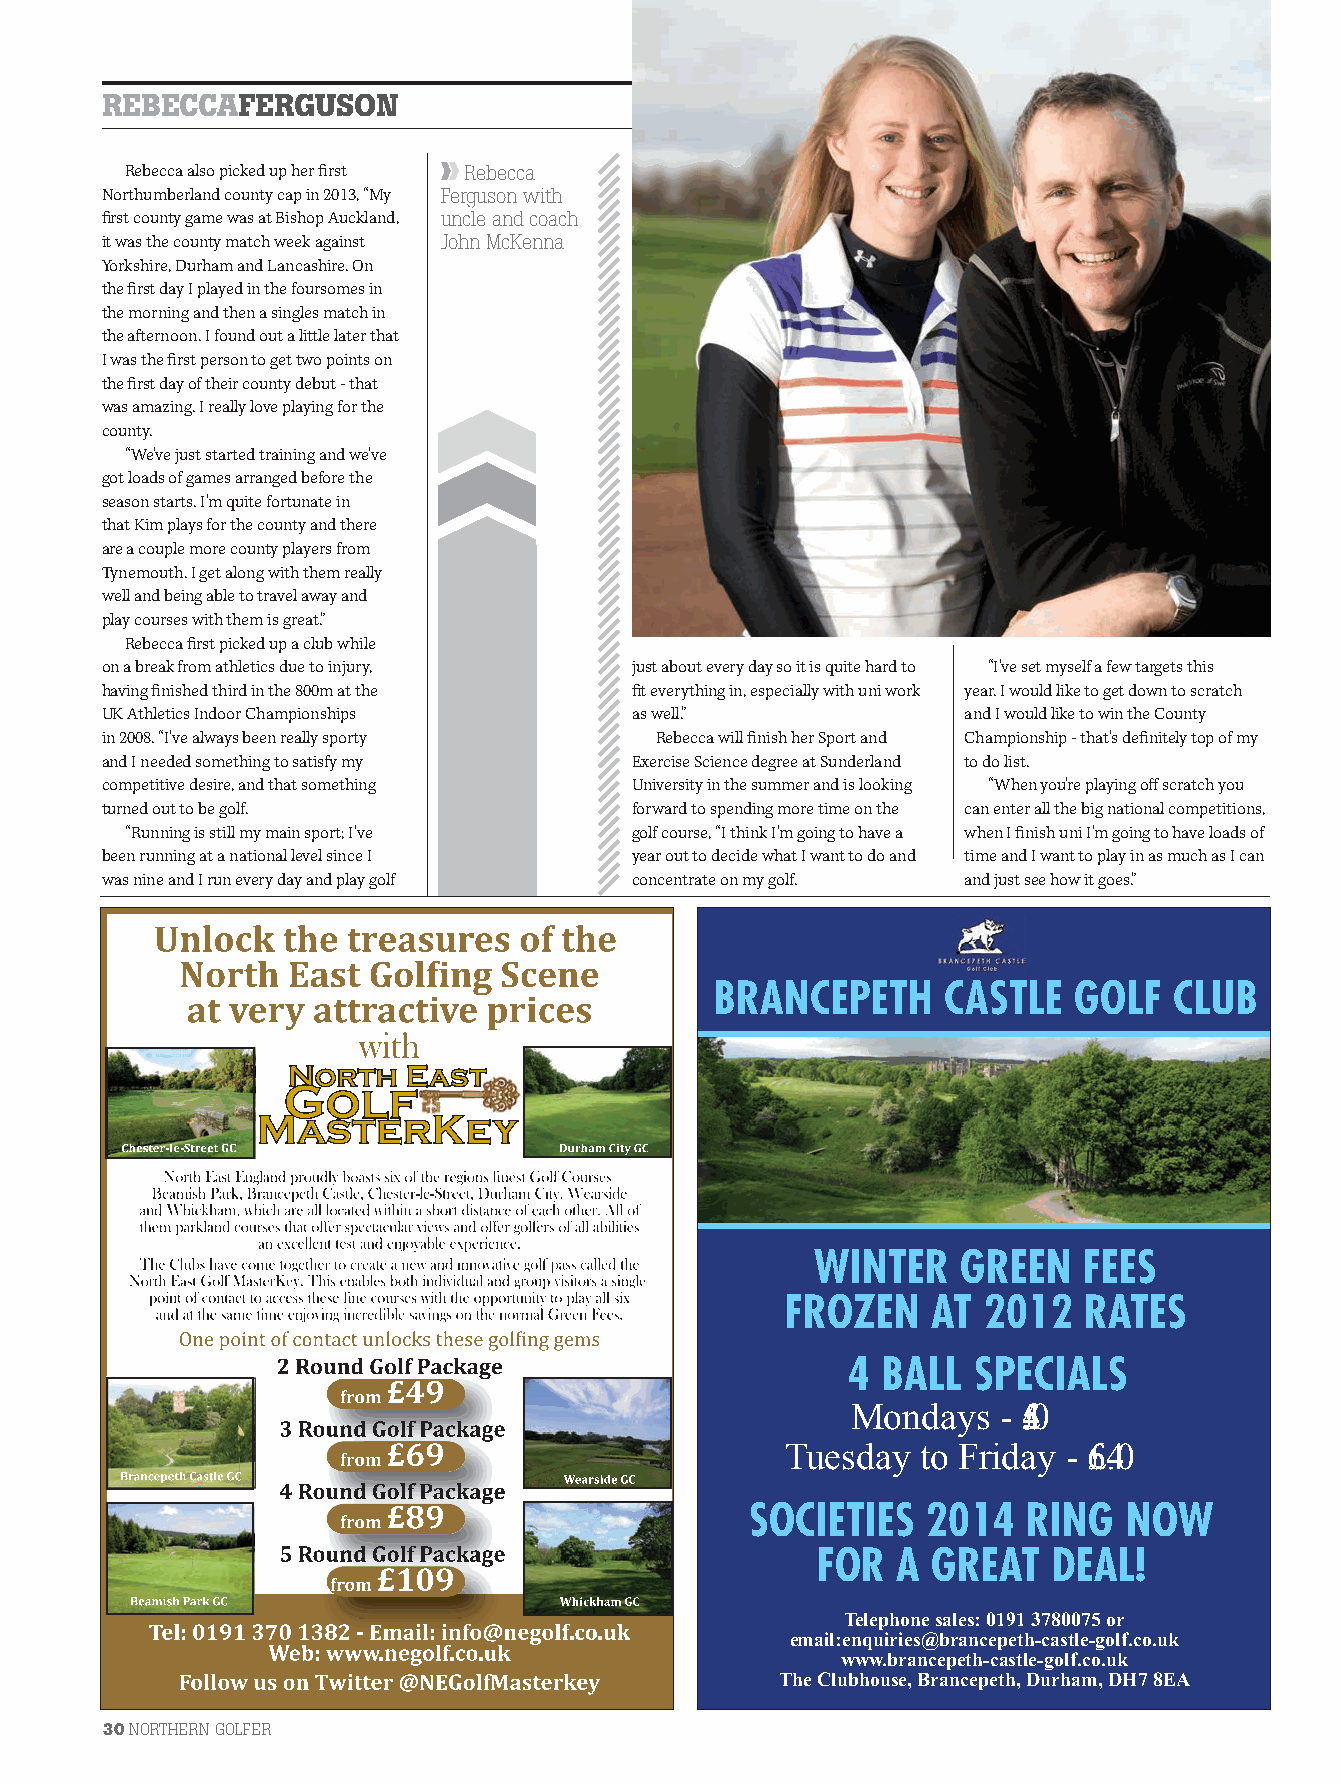
REBECCAFERGUSON
 Rebecca also picked up her fi rst Rebecca
 Northumberland county cap in 2013, “My Ferguson with
 fi rst county game was at Bishop Auckland, uncle and coach
 it was the county match week against John McKenna
 Yorkshire, Durham and Lancashire. On
 the fi rst day I played in the foursomes in
 the morning and then a singles match in
 the afternoon. I found out a little later that
 I was the fi rst person to get two points on
 the fi rst day of their county debut - that
 was amazing. I really love playing for the
 county.
 “We’ve just started training and we’ve
 got loads of games arranged before the
 season starts. I’m quite fortunate in
 that Kim plays for the county and there
 are a couple more county players from
 Tynemouth. I get along with them really
 well and being able to travel away and
 play courses with them is great.”
 Rebecca fi rst picked up a club while
 on a break from athletics due to injury, just about every day so it is quite hard to “I’ve set myself a few targets this
 having fi nished third in the 800m at the fi t everything in, especially with uni work year. I would like to get down to scratch
 UK Athletics Indoor Championships  as well.”             and I would like to win the County
 in 2008. “I’ve always been really sporty Rebecca will fi nish her Sport and Championship - that’s defi nitely top of my
 and I needed something to satisfy my Exercise Science degree at Sunderland to do list.
 competitive desire, and that something University in the summer and is looking “When you’re playing off scratch you
 turned out to be golf.             forward to spending more time on the can enter all the big national competitions,
 “Running is still my main sport; I’ve golf course, “I think I’m going to have a when I fi nish uni I’m going to have loads of
 been running at a national level since I year out to decide what I want to do and time and I want to play in as much as I can
 was nine and I run every day and play golf concentrate on my golf. and just see how it goes.”
 BRANCEPETH     CASTLE   GOLF  CLUB
 North  East
 Golf
 MasterKey
 WINTER   GREEN   FEES
 FROZEN   AT  2012  RATES
 4 BALL  SPECIALS
 Mondays   - £54.00
 T uesday to Friday - £64.00
 SOCIETIES   2014   RING  NOW
 FOR  A GREAT   DEAL!
 Telepho n e s ales : 019 1 3 780075 o r
 em ail: en q u iries @ bran c epeth- c as tle- g o lf .c o .u k
 w w w .bran c epeth- c as tle- g o lf .c o .u k
 The Clu bho u s e, Bran c epeth, D u rham , D H7 8EA
 30 NORTHERN GOLFER
 NG21.indb 30                                                                    10/02/2014 17:13